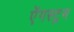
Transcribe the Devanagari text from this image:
ऐंगस्ट्रम